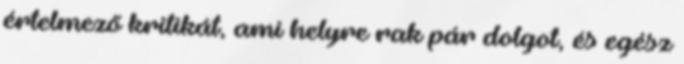
értelmező kritikát, ami helyre rak pár dolgot, és egész